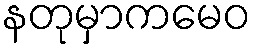
နတုမှာကမေဝ